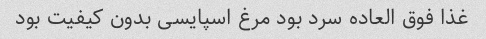
غذا فوق العاده سرد بود مرغ اسپایسی بدون کیفیت بود